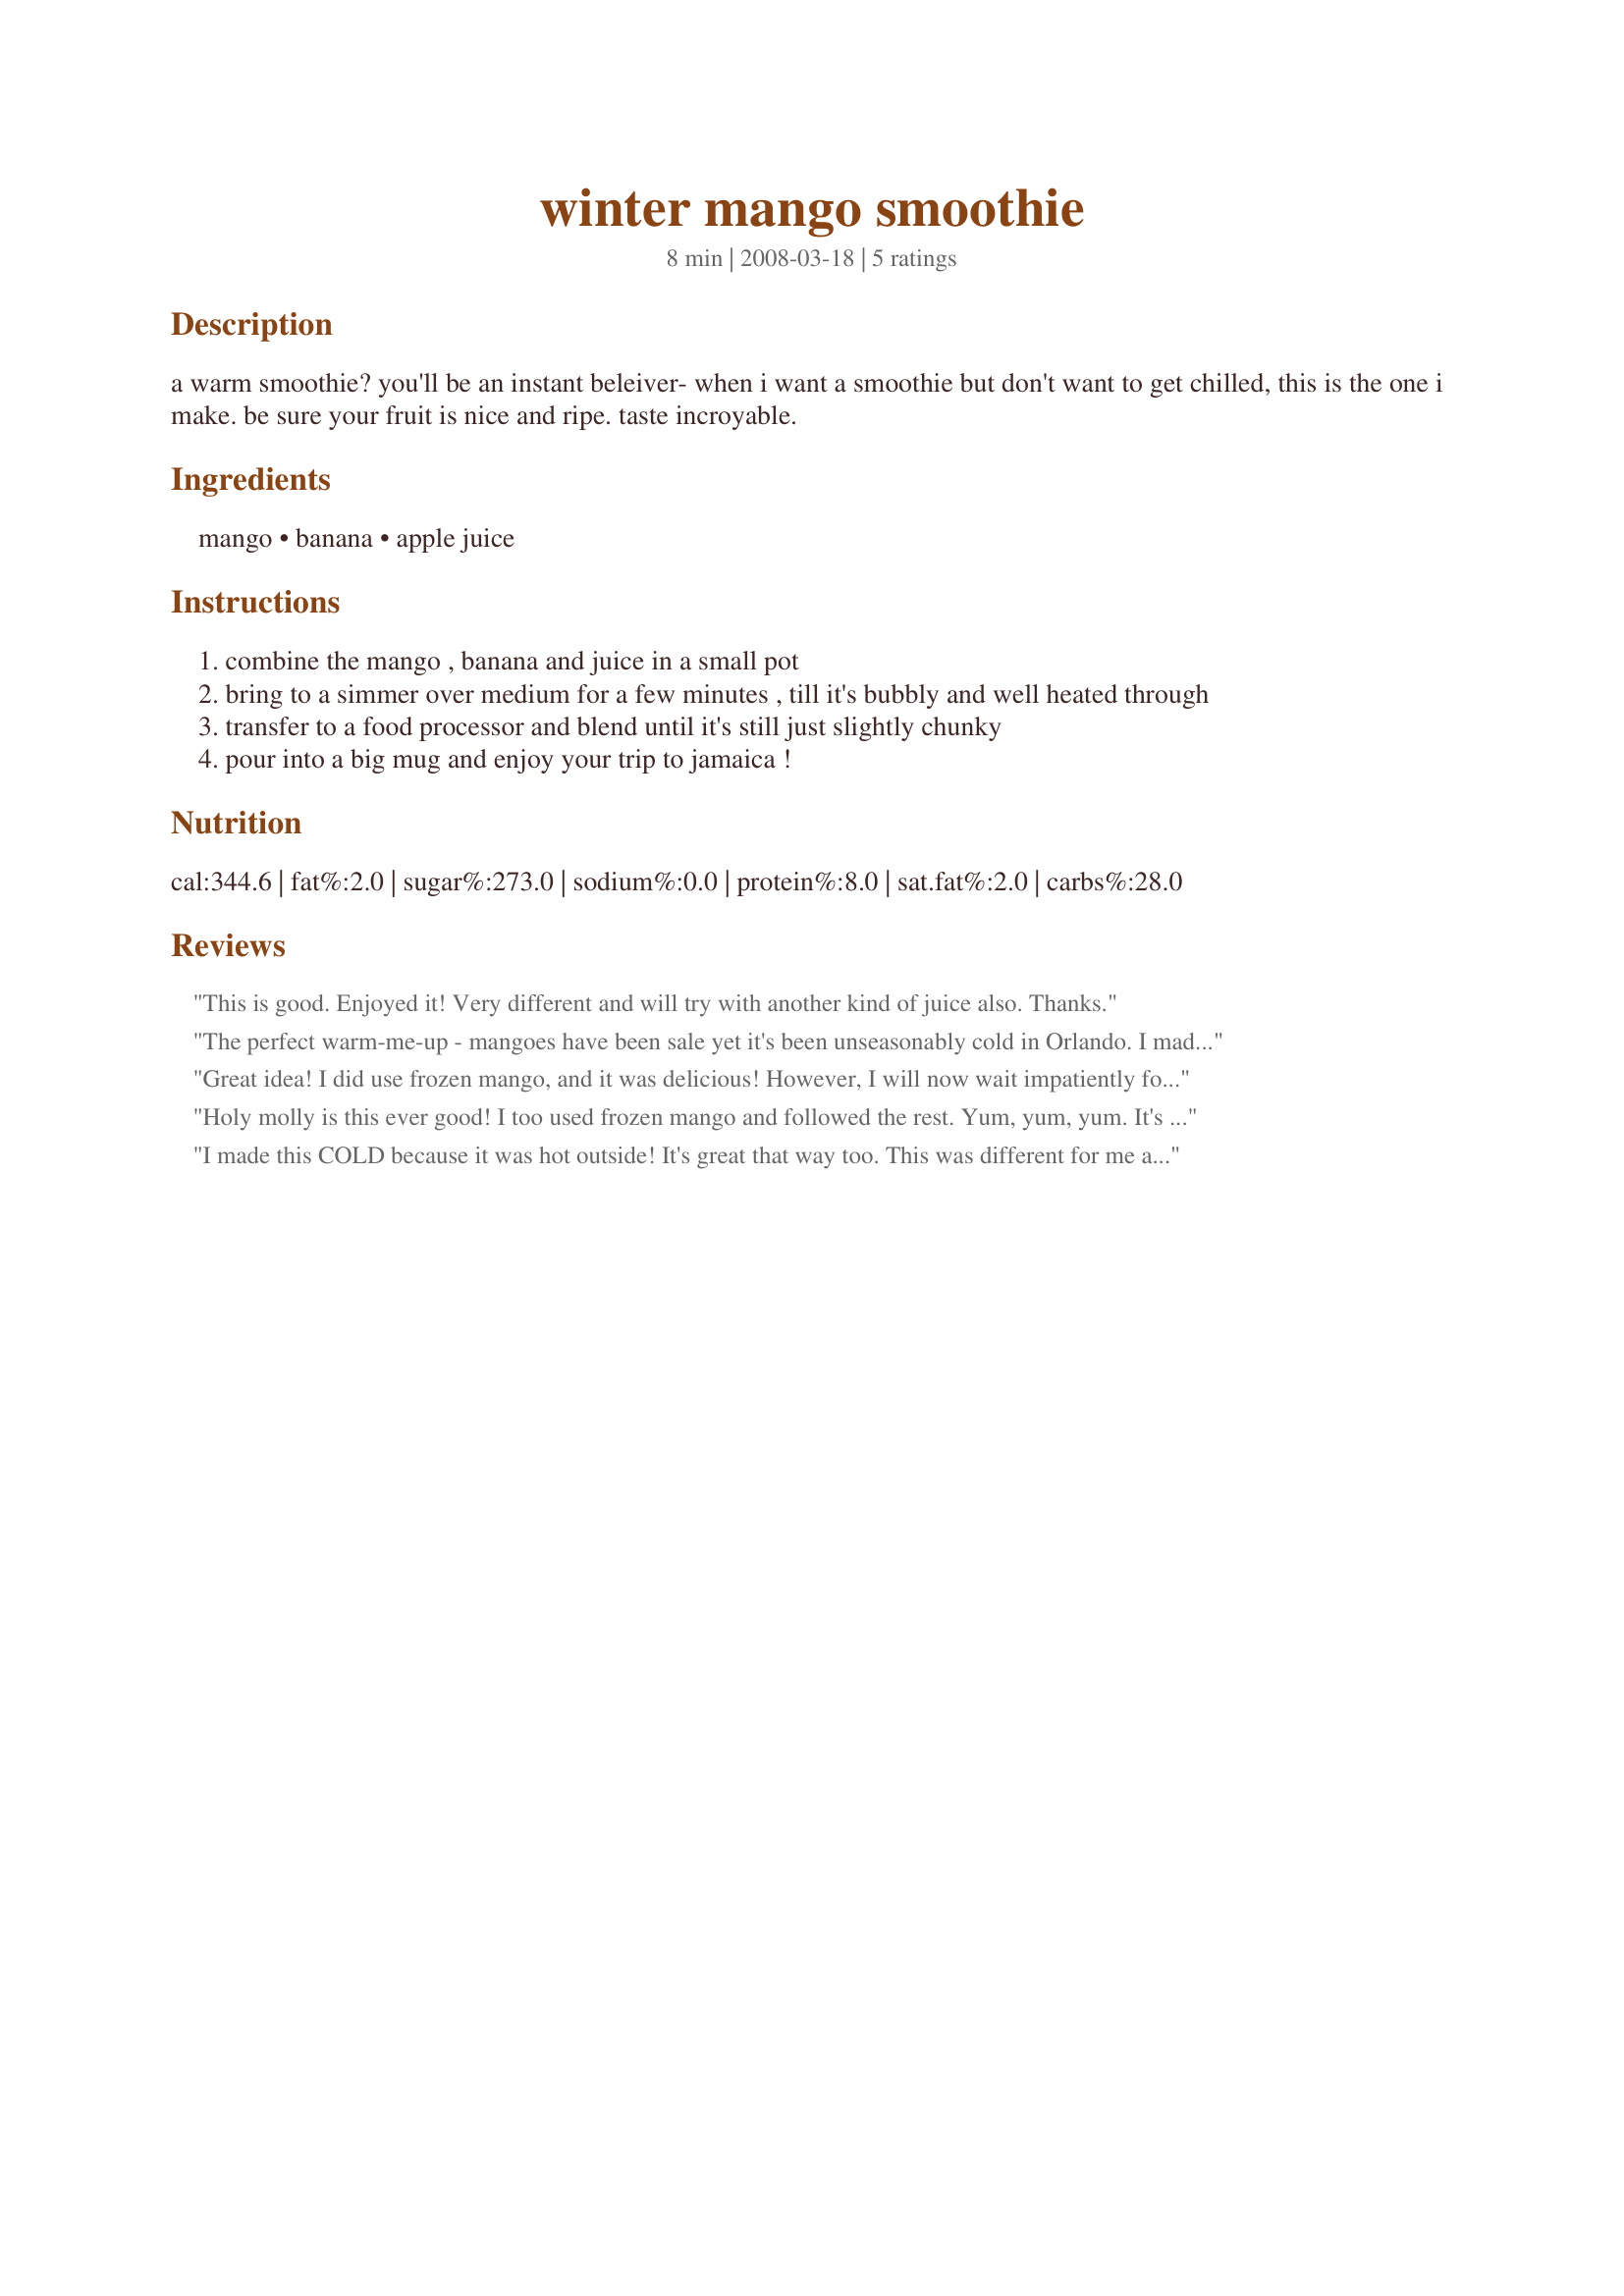
winter mango smoothie
Preparation time: 8 minutes

a warm smoothie? you'll be an instant beleiver- when i want a smoothie but don't want to get chilled, this is the one i make. be sure your fruit is nice and ripe. taste incroyable.

Ingredients:
mango, banana, apple juice

Steps:
combine the mango , banana and juice in a small pot
bring to a simmer over medium for a few minutes , till it's bubbly and well heated through
transfer to a food processor and blend until it's still just slightly chunky
pour into a big mug and enjoy your trip to jamaica !

Reviews:
This is good. Enjoyed it! Very different and will try with another kind of juice also. Thanks.
The perfect warm-me-up - mangoes have been sale yet it's been unseasonably cold in Orlando. I made it in the blender instead of the food processor and it turned out great. Next time I'm going to try making it backwards...blending as a smoothie in advance, then microwaving before serving.
Great idea! I did use frozen mango, and it was delicious! However, I will now wait impatiently for nice, fresh, ripe ones to hit the market, then I'll make this again, & with homemade apple juice! As I said, a great idea that I'll use again! Thanks for sharing! [Tagged, made & reviewed in Every Day Is a Holiday cooking game]
Holy molly is this ever good! I too used frozen mango and followed the rest. Yum, yum, yum. It's not raw but it sure warmed me up deliciously! I will make this again.
I made this COLD because it was hot outside! It's great that way too. This was different for me as I usually use orange juice. Thanks!
